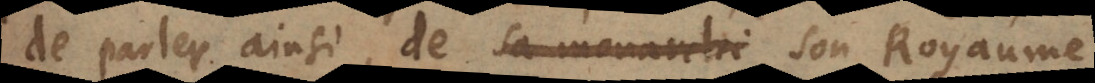
de parler ainsi, de sa monarchi son Royaume